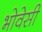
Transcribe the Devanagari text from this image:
भोवेसी